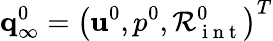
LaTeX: {\mathbf q}_{\infty}^{0}=\left({\mathbf u}^{0},p^{0},\mathcal{R}_{\mathrm{~i~n~t~}}^{0}\right)^{T}